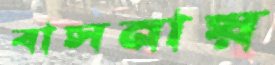
বাসনায়